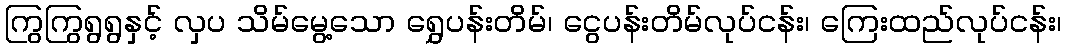
ကြွကြွရွရွနှင့် လှပ သိမ်မွေ့သော ရွှေပန်းတိမ်၊ ငွေပန်းတိမ်လုပ်ငန်း၊ ကြေးထည်လုပ်ငန်း၊